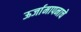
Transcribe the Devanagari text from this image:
ऊर्जामापनाचे